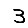
Digit: 3